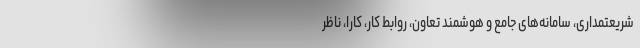
شریعتمداری، سامانه‌های جامع و هوشمند تعاون، روابط کار، کارا، ناظر